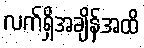
လက်ရှိအချိန်အထိ